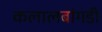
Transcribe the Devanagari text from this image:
कलालबांगडी